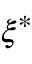
\boldsymbol { \xi } ^ { * }